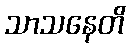
သာသနေတိ